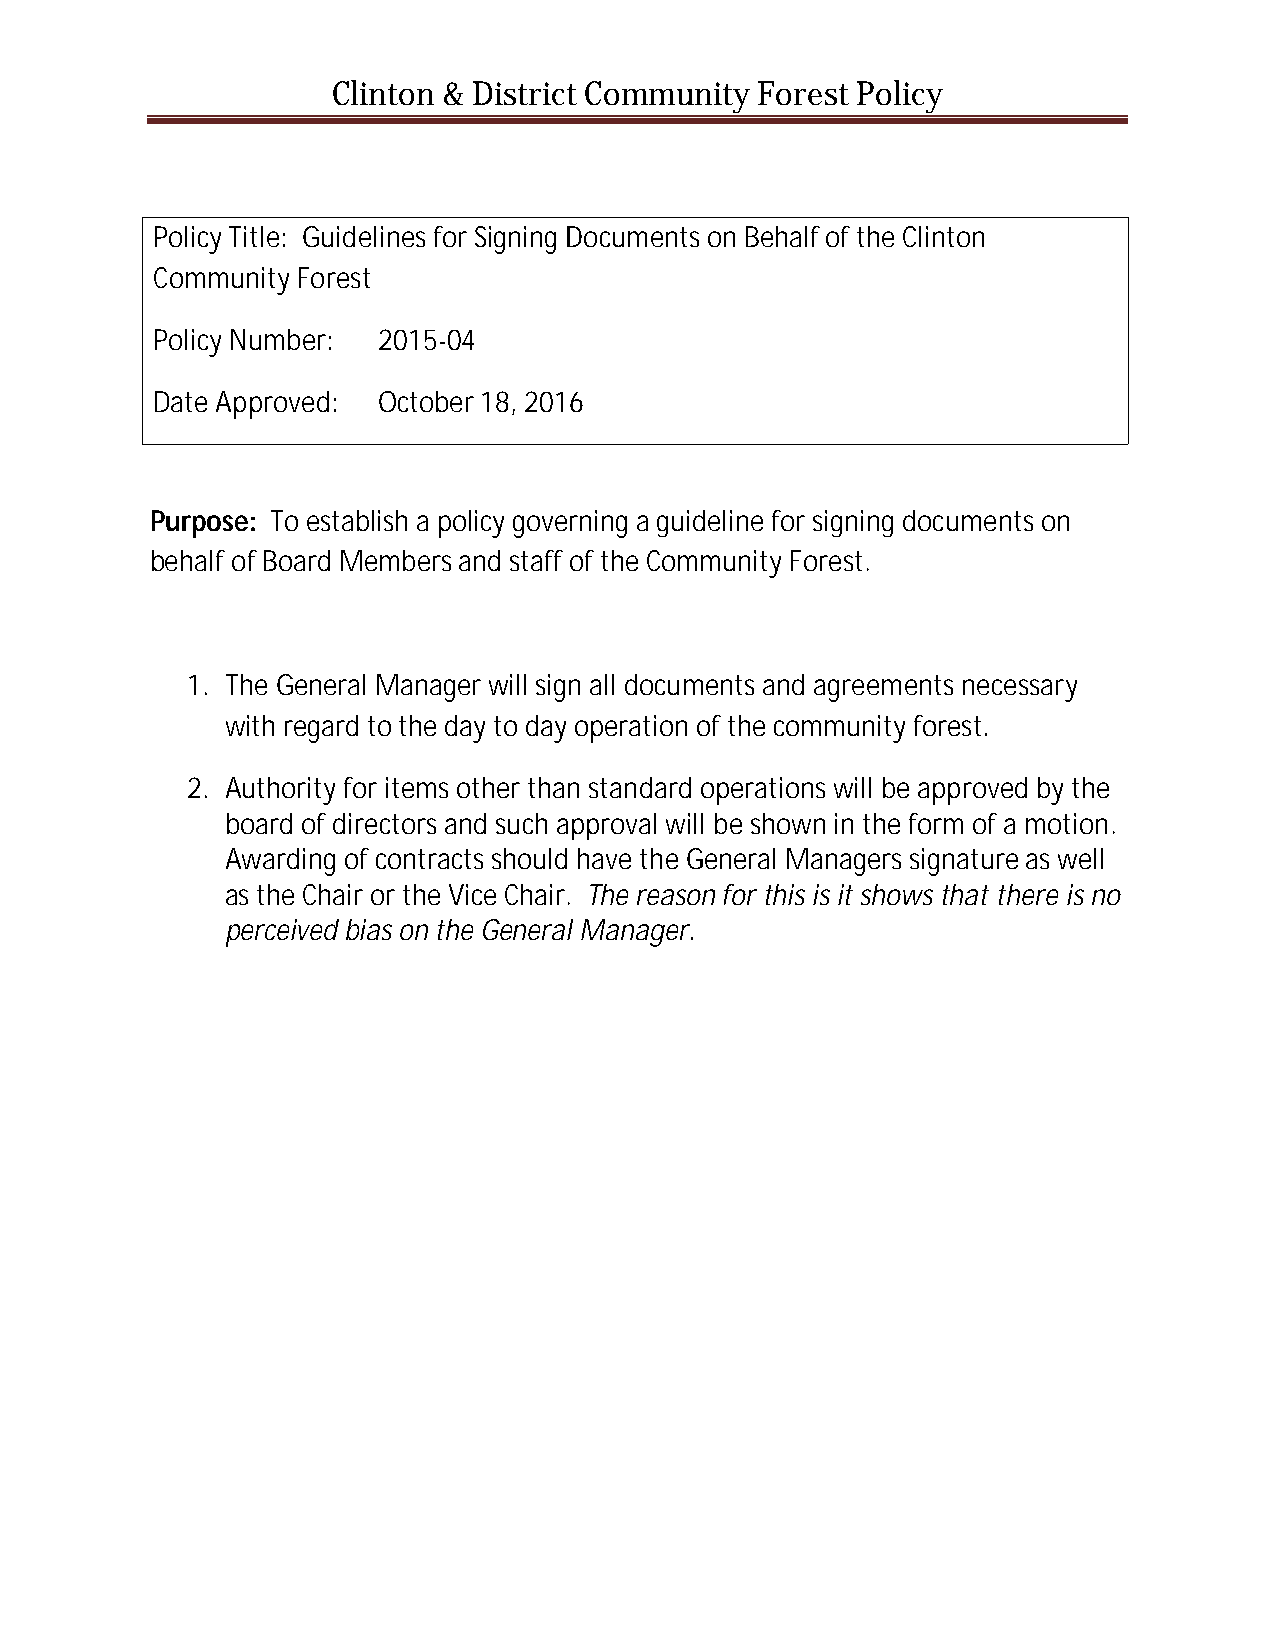
Clinton & District Community Forest Policy
 Policy Title: Guidelines for Signing Documents on Behalf of the Clinton
 Community Forest
 Policy Number: 2015-04
 Date Approved: October 18, 2016
 Purpose: To establish a policy governing a guideline for signing documents on
 behalf of Board Members and staff of the Community Forest.
 1. The General Manager will sign all documents and agreements necessary
 with regard to the day to day operation of the community forest.
 2. Authority for items other than standard operations will be approved by the
 board of directors and such approval will be shown in the form of a motion.
 Awarding of contracts should have the General Managers signature as well
 as the Chair or the Vice Chair. The reason for this is it shows that there is no
 perceived bias on the General Manager.